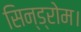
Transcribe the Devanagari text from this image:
सिन्ड्रोम।